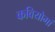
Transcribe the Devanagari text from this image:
कवियोमां